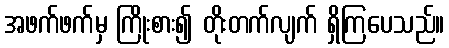
အဖက်ဖက်မှ ကြိုးစား၍ တိုးတက်လျက် ရှိကြပေသည်။